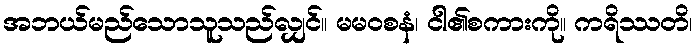
အဘယ်မည်သောသူသည်လျှင်။ မမဝစနံ၊ ငါ၏စကားကို။ ကရိဿတိ၊